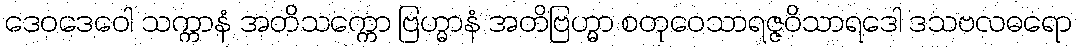
ဒေဝဒေဝေါ သက္ကာနံ အတိသက္ကော ဗြဟ္မာနံ အတိဗြဟ္မာ စတုဝေသာရဇ္ဇဝိသာရဒေါ ဒသဗလဓရော